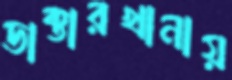
ডাক্তারখানায়